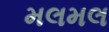
મલમલ